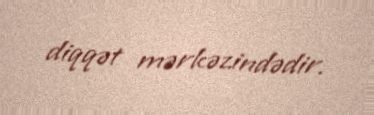
diqqət mərkəzindədir.